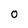
Character: 0